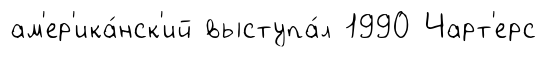
ам'ер'ика́нск'ий выступа́л 1990 Чарт'ерс